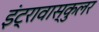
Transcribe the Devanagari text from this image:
इंट्रावास्कुलर